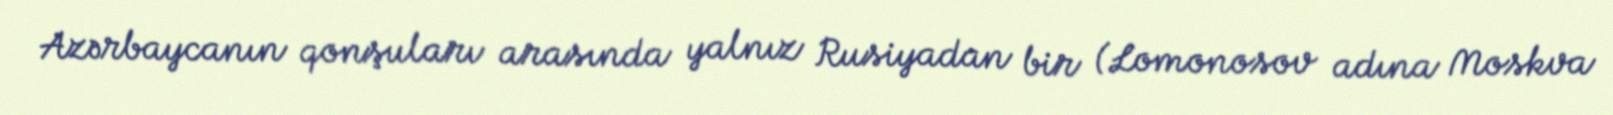
Azərbaycanın qonşuları arasında yalnız Rusiyadan bir (Lomonosov adına Moskva